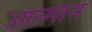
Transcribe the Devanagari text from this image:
आत्मान